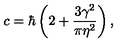
c = \hbar \left( 2 + \frac { 3 \gamma ^ { 2 } } { \pi \eta ^ { 2 } } \right) ,